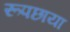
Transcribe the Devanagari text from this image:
रूपछाया